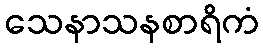
သေနာသနစာရိကံ